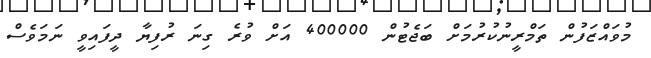
މުވައްޒަފުން ތަމްރީނުކުރުމަށް ބަޖެޓުން 400000 އަށް ވުރެ ގިނަ ރުފިޔާ ދީފައިވީ ނަމަވެސް